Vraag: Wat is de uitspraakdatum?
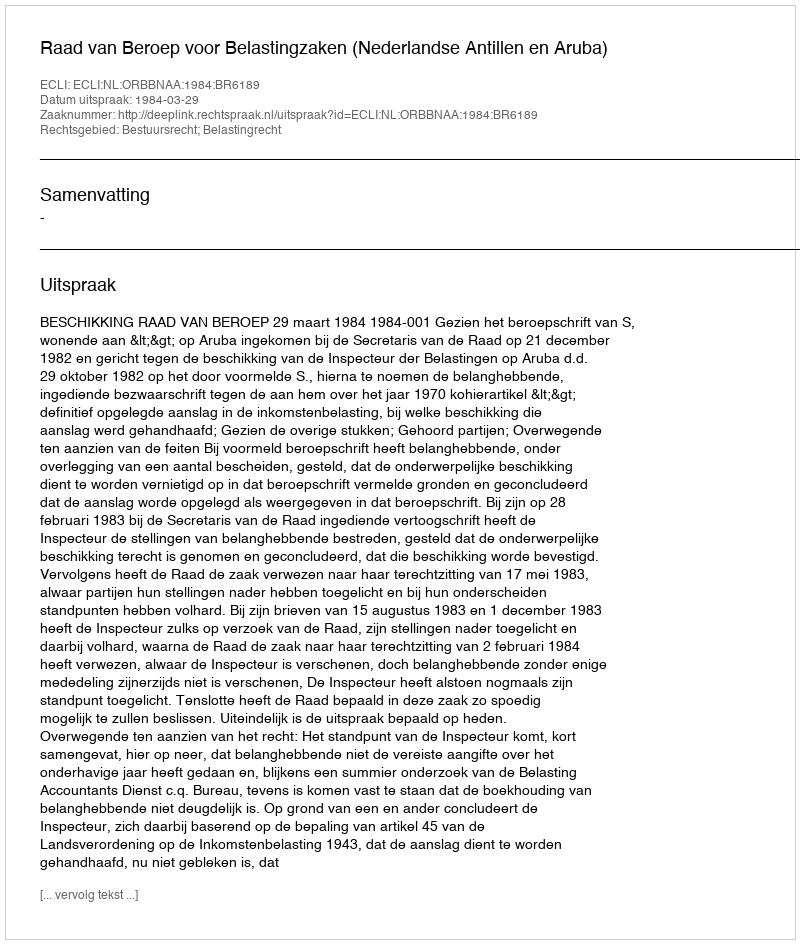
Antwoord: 1984-03-29